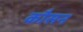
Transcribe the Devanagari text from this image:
कौसन